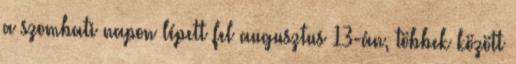
a szombati napon lépett fel augusztus 13-án, többek között